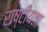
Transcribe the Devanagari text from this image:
राष्टींयता